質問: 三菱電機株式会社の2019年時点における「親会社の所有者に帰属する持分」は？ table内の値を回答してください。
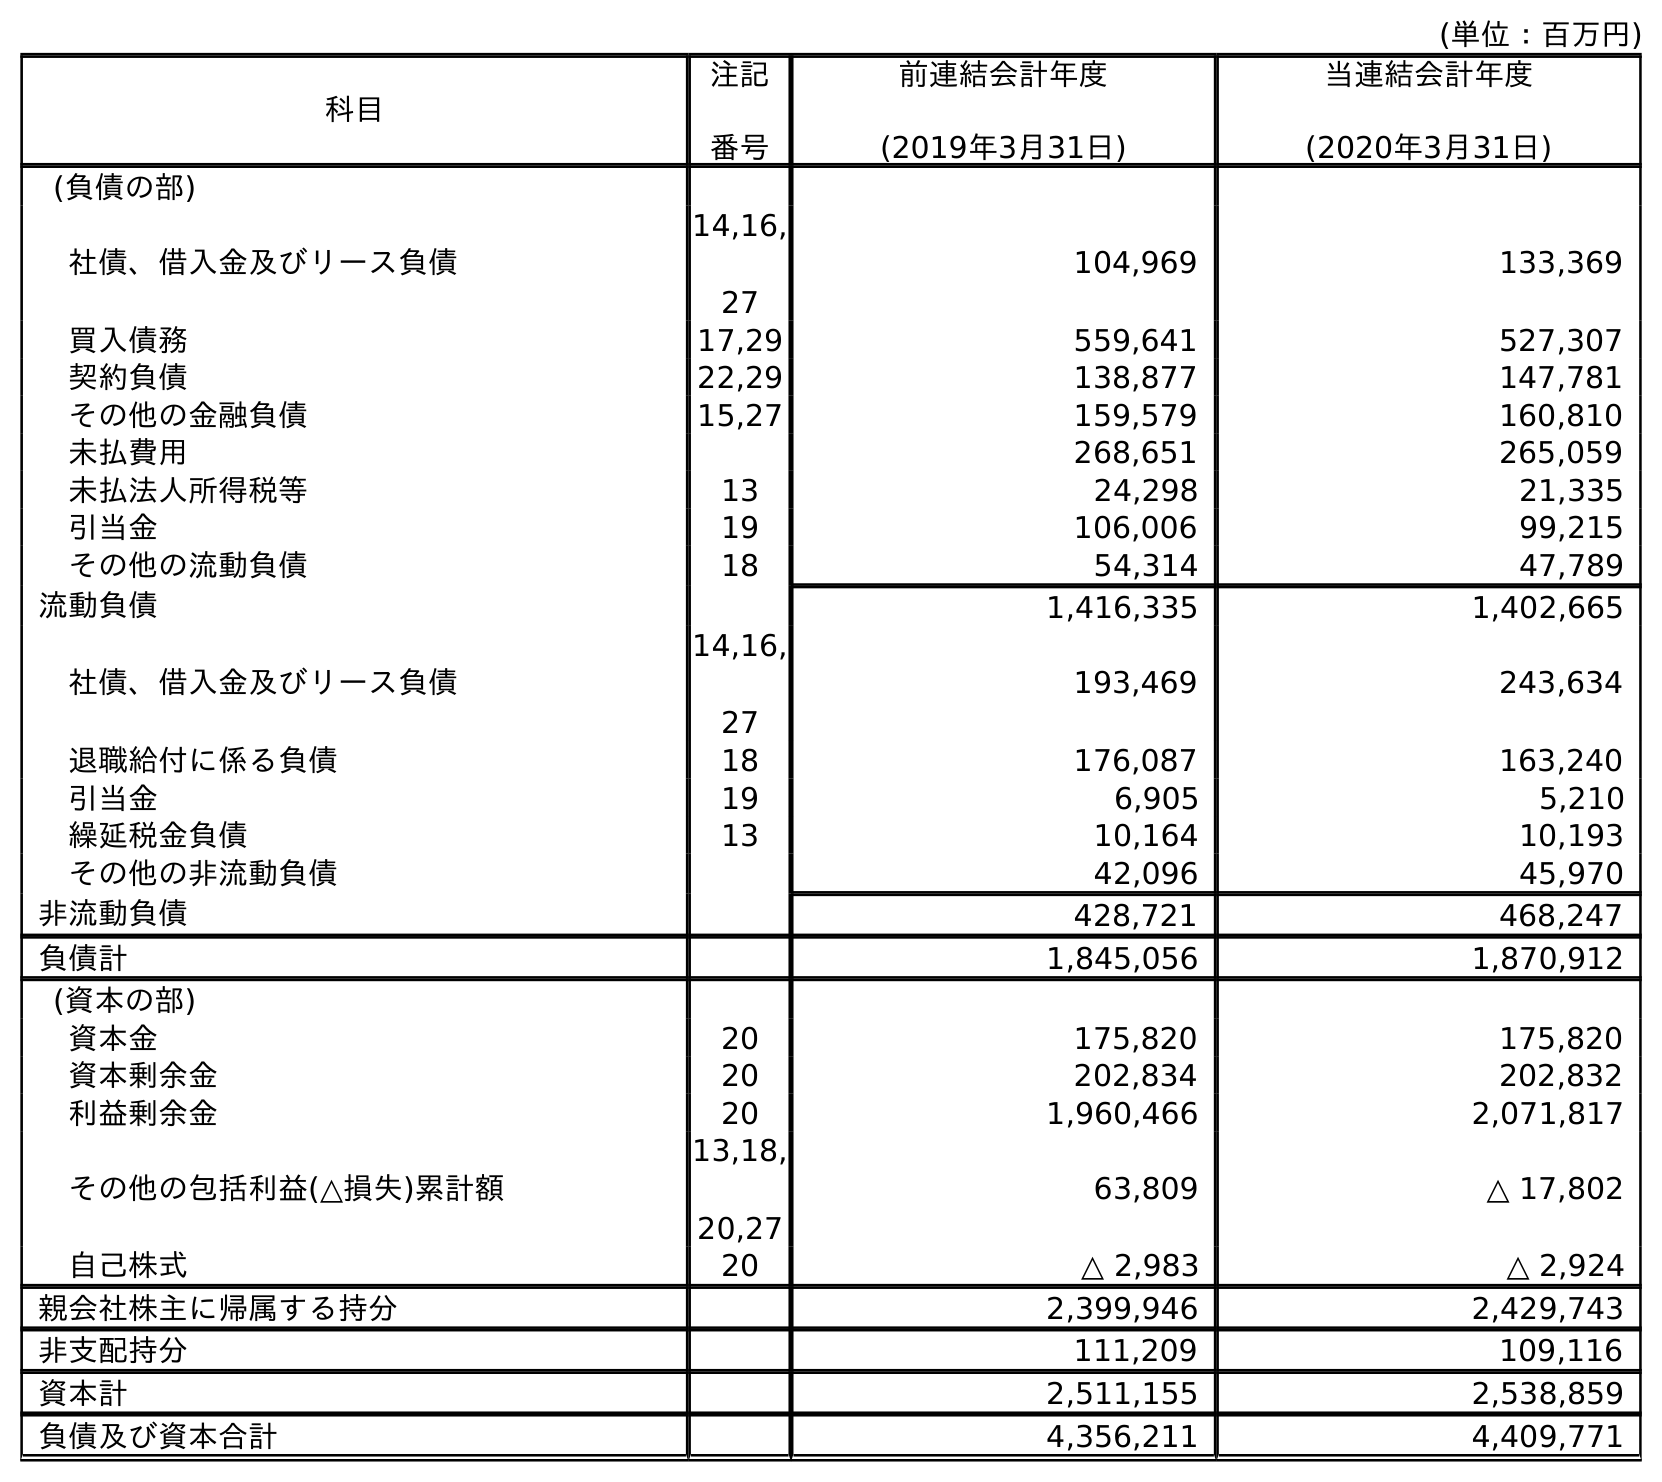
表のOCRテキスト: (単位：百万円) 科目 注記 番号 前連結会計年度 (2019年3月31日) 当連結会計年度 (2020年3月31日) (負債の部) 社債、借入金及びリース負債 14,16, 27 104,969 133,369 買入債務 17,29 559,641 527,307 契約負債 22,29 138,877 147,781 その他の金融負債 15,27 159,579 160,810 未払費用 268,651 265,059 未払法人所得税等 13 24,298 21,335 引当金 19 106,006 99,215 その他の流動負債 18 54,314 47,789 流動負債 1,416,335 1,402,665 社債、借入金及びリース負債 14,16, 27 193,469 243,634 退職給付に係る負債 18 176,087 163,240 引当金 19 6,905 5,210 繰延税金負債 13 10,164 10,193 その他の非流動負債 42,096 45,970 非流動負債 428,721 468,247 負債計 1,845,056 1,870,912 (資本の部) 資本金 20 175,820 175,820 資本剰余金 20 202,834 202,832 利益剰余金 20 1,960,466 2,071,817 その他の包括利益(△損失)累計額 13,18, 20,27 63,809 △ 17,802 自己株式 20 △ 2,983 △ 2,924 親会社株主に帰属する持分 2,399,946 2,429,743 非支配持分 111,209 109,116 資本計 2,511,155 2,538,859 負債及び資本合計 4,356,211 4,409,771
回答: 2,399,946